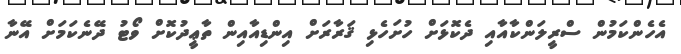
އެހެންކަމުން ސްރީލަންކާއާއި ދެކޮޅަށް ހުށަހެޅި ޤަރާރަށް އިންޑިއާއިން ތާޢީދުކޮށް ވޯޓު ދޭނެކަމަށް އޭނާ